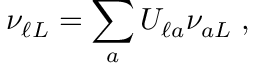
\nu _ { \ell L } = \sum _ { a } U _ { \ell a } \nu _ { a L } \; ,